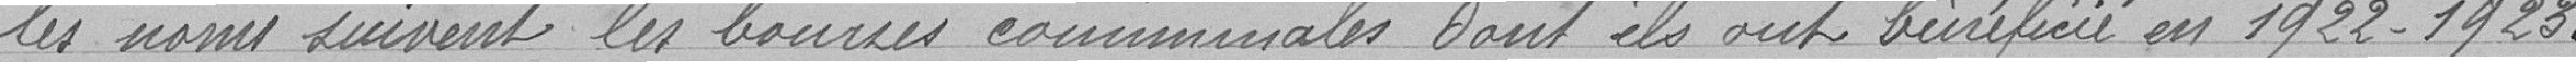
les noms suivent les bourses communales dont ils ont bénéficié en 1922-1923